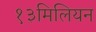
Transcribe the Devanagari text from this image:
१३मिलियन